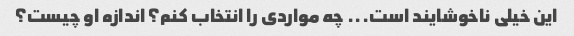
این خیلی ناخوشایند است... چه مواردی را انتخاب کنم؟ اندازه او چیست؟